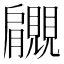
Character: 𧢞